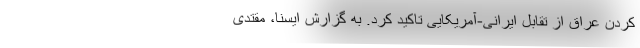
کردن عراق از تقابل ایرانی-آمریکایی تاکید کرد. به گزارش ایسنا، مقتدی